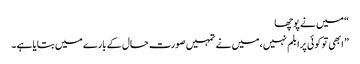
“ میں نے پوچھا
” ابھی تو کوئی پرابلم نہیں ، میں نے تمہیں صورت حال کے بارے میں بتایا ہے ۔